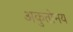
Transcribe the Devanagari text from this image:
अकुतोभय